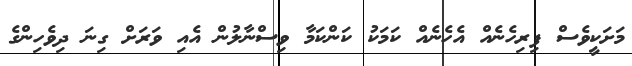
މަށަކީވެސް ފިރިހެނެއް އެހެނެއް ކަމަކު ކަންކަމާ ވިސްނާލުން އެއި ވަރަށް ގިނަ ދިވެހިންގެ